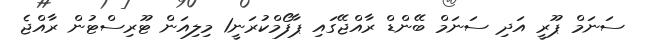
ސަނަމް ޕޫރީ އަދި ސަނަމް ބޭންޑް ރާއްޖޭގައި ޕާފޯމްކުރަނީ1 މިލިއަން ޓޫރިސްޓުން ރާއްޖެ